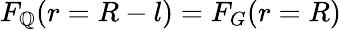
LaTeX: F_{\mathbb{Q}}(r=R-l)=F_{G}(r=R)